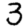
Digit: 3